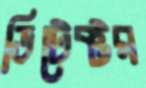
ডিটেক্টর